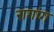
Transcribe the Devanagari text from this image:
रागांग